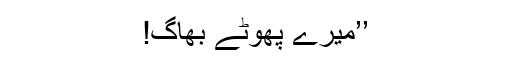
’’میرے پھوٹے بھاگ!